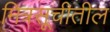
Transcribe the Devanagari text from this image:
मित्रसूचीतील